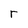
Character: r